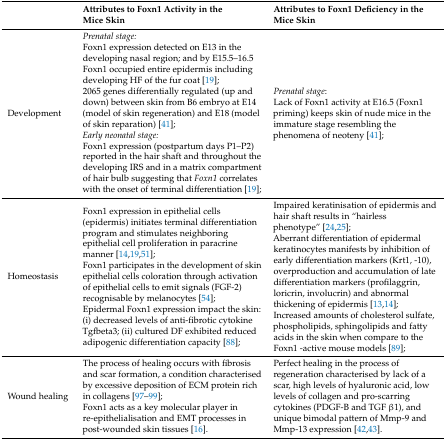
<table><thead><tr><td></td><td><b>Attributes to Foxn1 Activity in the Mice Skin</b></td><td><b>Attributes to Foxn1 Deficiency in the Mice Skin</b></td></tr></thead><tbody><tr><td>Development</td><td><i>Prenatal stage:</i>Foxn1 expression detected on E13 in the developing nasal region; and by E15.5–16.5 Foxn1 occupied entire epidermis including developing HF of the fur coat [19];2065 genes differentially regulated (up and down) between skin from B6 embryo at E14 (model of skin regeneration) and E18 (model of skin reparation) [41];<i>Early neonatal stage:</i>Foxn1 expression (postpartum days P1–P2) reported in the hair shaft and throughout the developing IRS and in a matrix compartment of hair bulb suggesting that <i>Foxn1</i> correlates with the onset of terminal differentiation [19];</td><td><i>Prenatal stage</i>:Lack of Foxn1 activity at E16.5 (Foxn1 priming) keeps skin of nude mice in the immature stage resembling the phenomena of neoteny [41];</td></tr><tr><td>Homeostasis</td><td>Foxn1 expression in epithelial cells (epidermis) initiates terminal differentiation program and stimulates neighboring epithelial cell proliferation in paracrine manner [14,19,51];Foxn1 participates in the development of skin epithelial cells coloration through activation of epithelial cells to emit signals (FGF-2) recognisable by melanocytes [54];Epidermal Foxn1 expression impact the skin: (i) decreased levels of anti-fibrotic cytokine Tgfbeta3; (ii) cultured DF exhibited reduced adipogenic differentiation capacity [88];</td><td>Impaired keratinisation of epidermis and hair shaft results in “hairless phenotype” [24,25];Aberrant differentiation of epidermal keratinocytes manifests by inhibition of early differentiation markers (Krt1, -10), overproduction and accumulation of late differentiation markers (profilaggrin, loricrin, involucrin) and abnormal thickening of epidermis [13,14];Increased amounts of cholesterol sulfate, phospholipids, sphingolipids and fatty acids in the skin when compare to the Foxn1 -active mouse models [89];</td></tr><tr><td>Wound healing</td><td>The process of healing occurs with fibrosis and scar formation, a condition characterised by excessive deposition of ECM protein rich in collagens [97,98,99];Foxn1 acts as a key molecular player in re-epithelialisation and EMT processes in post-wounded skin tissues [16].</td><td>Perfect healing in the process of regeneration characterised by lack of a scar, high levels of hyaluronic acid, low levels of collagen and pro-scarring cytokines (PDGF-B and TGF β1), and unique bimodal pattern of Mmp-9 and Mmp-13 expression [42,43].</td></tr></tbody></table>